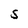
Character: S